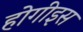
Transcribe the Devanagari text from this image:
होगीइस